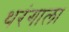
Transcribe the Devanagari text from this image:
थरंगाला